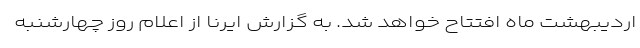
اردیبهشت ماه افتتاح خواهد شد. به گزارش ایرنا از اعلام روز چهارشنبه